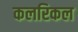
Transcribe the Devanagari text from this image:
कलरिकल